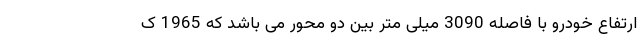
ارتفاع خودرو با فاصله 3090 میلی متر بین دو محور می باشد که 1965 ک